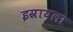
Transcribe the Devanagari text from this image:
इस्रायला